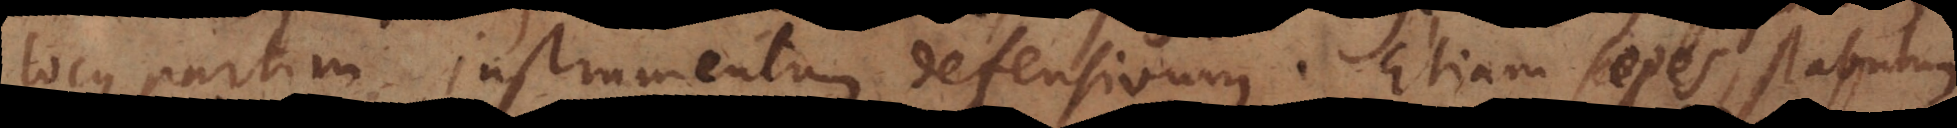
locus partim instrumentum defensivum. Etiam sepes, stabulu